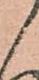
御